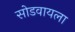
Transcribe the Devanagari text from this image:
सोडवायला